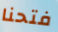
فتحنا